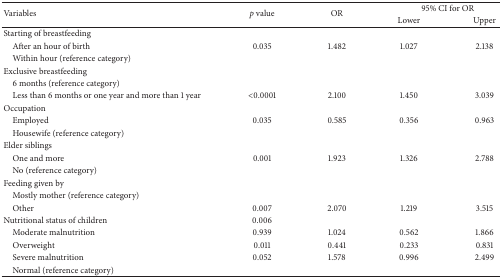
<table><thead><tr><td rowspan="2"><b>Variables</b></td><td rowspan="2"><b><i>p</i> value</b></td><td rowspan="2"><b>OR</b></td><td colspan="2"><b>95% CI for OR</b></td></tr><tr><td><b>Lower</b></td><td><b>Upper</b></td></tr></thead><tbody><tr><td>Starting of breastfeeding</td><td> </td><td> </td><td> </td><td> </td></tr><tr><td> After an hour of birth</td><td>0.035</td><td>1.482</td><td>1.027</td><td>2.138</td></tr><tr><td> Within hour (reference category)</td><td> </td><td> </td><td> </td><td> </td></tr><tr><td>Exclusive breastfeeding</td><td> </td><td> </td><td> </td><td> </td></tr><tr><td> 6 months (reference category)</td><td> </td><td> </td><td> </td><td> </td></tr><tr><td> Less than 6 months or one year and more than 1 year</td><td>&lt;0.0001</td><td>2.100</td><td>1.450</td><td>3.039</td></tr><tr><td>Occupation</td><td> </td><td> </td><td> </td><td> </td></tr><tr><td> Employed</td><td>0.035</td><td>0.585</td><td>0.356</td><td>0.963</td></tr><tr><td> Housewife (reference category)</td><td> </td><td> </td><td> </td><td> </td></tr><tr><td>Elder siblings</td><td> </td><td> </td><td> </td><td> </td></tr><tr><td> One and more</td><td>0.001</td><td>1.923</td><td>1.326</td><td>2.788</td></tr><tr><td> No (reference category)</td><td> </td><td> </td><td> </td><td> </td></tr><tr><td>Feeding given by</td><td> </td><td> </td><td> </td><td> </td></tr><tr><td> Mostly mother (reference category)</td><td> </td><td> </td><td> </td><td> </td></tr><tr><td> Other</td><td>0.007</td><td>2.070</td><td>1.219</td><td>3.515</td></tr><tr><td>Nutritional status of children</td><td>0.006</td><td> </td><td> </td><td> </td></tr><tr><td> Moderate malnutrition</td><td>0.939</td><td>1.024</td><td>0.562</td><td>1.866</td></tr><tr><td> Overweight</td><td>0.011</td><td>0.441</td><td>0.233</td><td>0.831</td></tr><tr><td> Severe malnutrition</td><td>0.052</td><td>1.578</td><td>0.996</td><td>2.499</td></tr><tr><td> Normal (reference category)</td><td> </td><td> </td><td> </td><td> </td></tr></tbody></table>